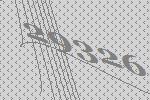
29326